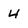
Character: 4